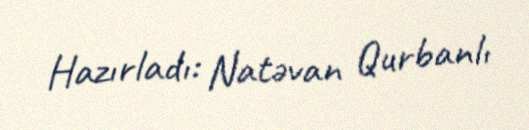
Hazırladı: Natəvan Qurbanlı